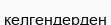
келгендерден